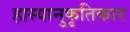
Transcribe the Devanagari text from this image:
हास्यानुकृतिकार